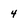
Character: 4